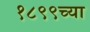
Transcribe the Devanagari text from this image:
१८९९च्या